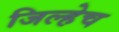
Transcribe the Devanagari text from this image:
जिल्हेच